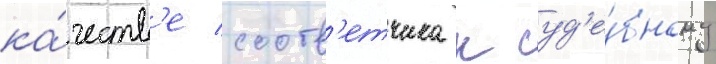
ка́честв'е соотв'етчика к суд'е́бному